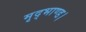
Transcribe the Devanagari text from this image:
मृद्भाण्ड।